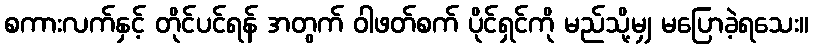
စကားလက်နှင့် တိုင်ပင်ရန် အတွက် ဝါဖတ်စက် ပိုင်ရှင်ကို မည်သို့မျှ မပြောခဲ့ရသေး။